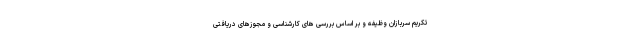
تکریم سربازان وظیفه و بر اساس بررسی های کارشناسی و مجوزهای دریافتی